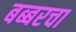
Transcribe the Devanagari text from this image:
बब्बरचा